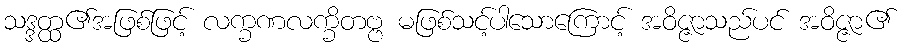
သဒ္ဒတ္ထ၏အဖြစ်ဖြင့် လက္ခဏလက္ခိတဗ္ဗ မဖြစ်သင့်ပါသောကြောင့် အဝိဇ္ဇာသည်ပင် အဝိဇ္ဇာ၏